画像に写った文字を読んでください
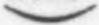
「)」と書いてあります